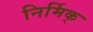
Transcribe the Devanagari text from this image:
निर्मिक्